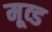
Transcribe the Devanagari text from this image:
मूव्ड